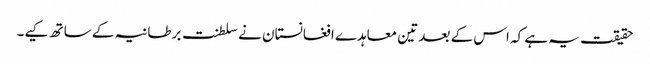
حقیقت یہ ہے کہ اس کے بعد تین معاہدے افغانستان نے سلطنت برطانیہ کے ساتھ کیے۔